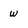
Character: w